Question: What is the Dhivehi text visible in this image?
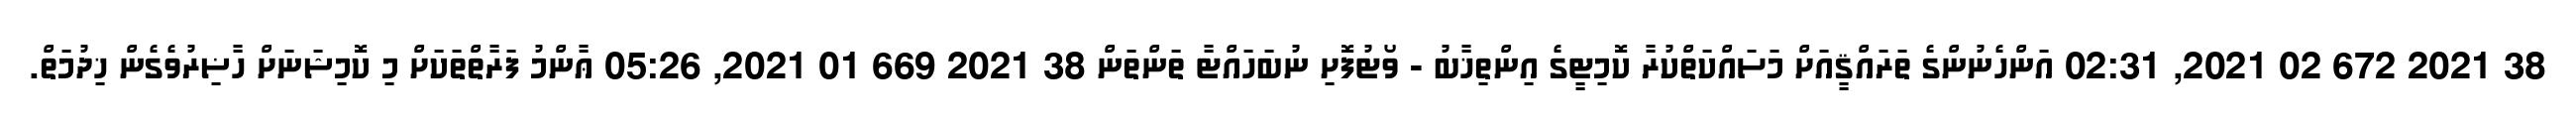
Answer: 38 2021 672 02 2021, 02:31 އަންހެނުންގެ ތަރައްޤީއަށް މަސައްކަތްކުރާ ކޮމިޓީގެ އިންތިޚާބު - ވޯޓުފޮށި ނުބަހައްޓާ ތަންތަން 38 2021 669 01 2021, 05:26 ޢާންމު ފަރާތްތަކަށް މި ކޮމިޝަނަށް ހާޟިރުވެގެން ޚިދުމަތް.